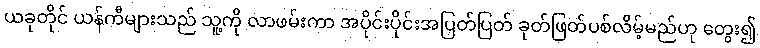
ယခုတိုင် ယန်ကီများသည် သူ့ကို လာဖမ်းကာ အပိုင်းပိုင်းအပြတ်ပြတ် ခုတ်ဖြတ်ပစ်လိမ့်မည်ဟု တွေး၍